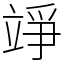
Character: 竫